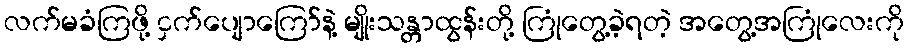
လက်မခံကြဖို့ ငှက်ပျောကြော်နဲ့ မျိုးသန္တာထွန်းတို့ ကြုံတွေ့ခဲ့ရတဲ့ အတွေ့အကြုံလေးကို